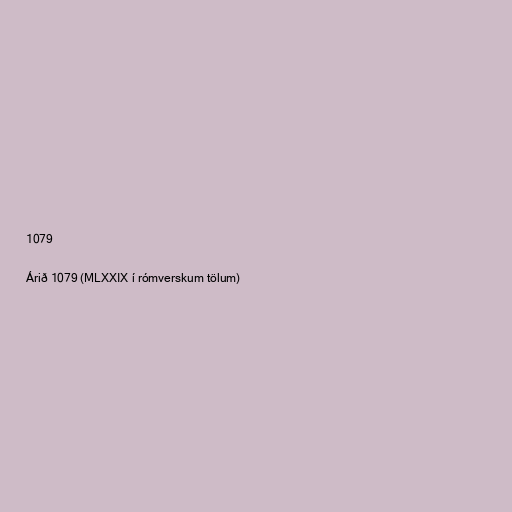
1079

Árið 1079 (MLXXIX í rómverskum tölum)